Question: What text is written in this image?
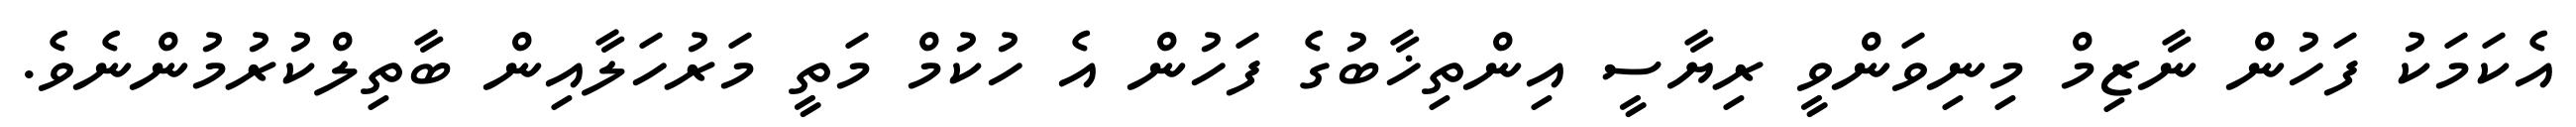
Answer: އެކަމަކު ފަހުން ނާޒިމް މިނިވަންވީ ރިޔާސީ އިންތިޚާބުގެ ފަހުން އެ ހުކުމް މަތީ މަރުހަލާއިން ބާތިލްކުރުމުންނެވެ.